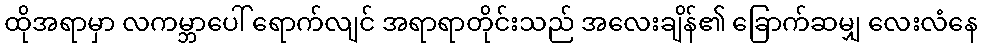
ထိုအရာမှာ လကမ္ဘာပေါ် ရောက်လျင် အရာရာတိုင်းသည် အလေးချိန်၏ ခြောက်ဆမျှ လေးလံနေ